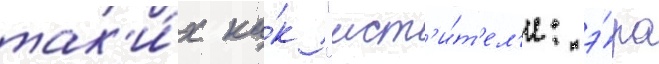
так'и́х ка́к "мст'и́т'ел'и: э́ра